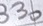
Text: 330